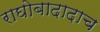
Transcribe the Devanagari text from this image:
राघोबादादाच